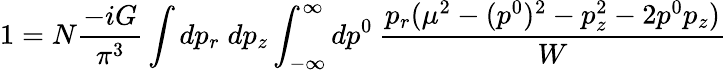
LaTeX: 1=N\frac{-iG}{\pi^{3}}\int dp_{r}\; dp_{z}\int_{-\infty}^{\infty}dp^{0}\: \frac{p_{r}(\mu^{2}-(p^{0})^{2}-p_{z}^{2}-2p^{0}p_{z})}{W}